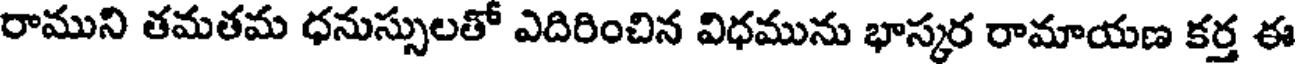
రాముని తమతమ ధనుస్సులతో ఎదిరించిన విధమును భాస్కర రామాయణ కర్త ఈ